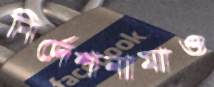
নির্দেশনামাও